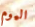
اليوم